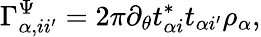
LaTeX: \Gamma_{\alpha,ii^{\prime}}^{\Psi}=2\pi\partial_{\theta}t_{\alpha i}^{*}t_{\alpha i^{\prime}}\rho_{\alpha},